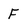
Character: F